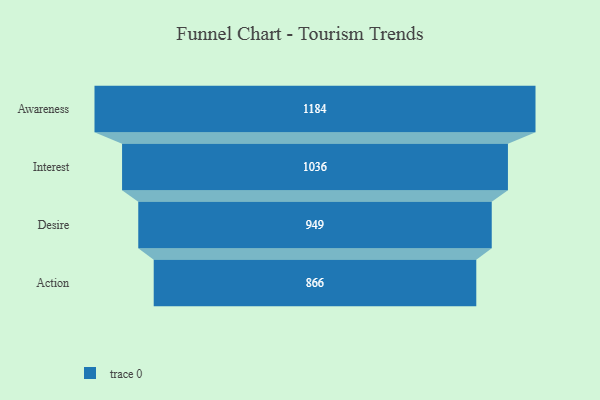
{"axis": {"x": "Stage", "y": "Value"}, "legend": [""], "data": [{"x": "Awareness", "y": 1184.0, "type": ""}, {"x": "Interest", "y": 1036.0, "type": ""}, {"x": "Desire", "y": 949.0, "type": ""}, {"x": "Action", "y": 866.0, "type": ""}]}